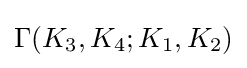
{\textstyle \Gamma (K_{3},K_{4};K_{1},K_{2})}